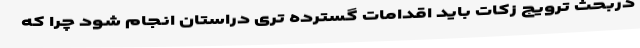
دربحث ترویج زکات باید اقدامات گسترده تری دراستان انجام شود چرا که